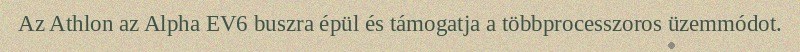
Az Athlon az Alpha EV6 buszra épül és támogatja a többprocesszoros üzemmódot.